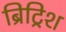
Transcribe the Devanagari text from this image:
ब्रिट्रिश